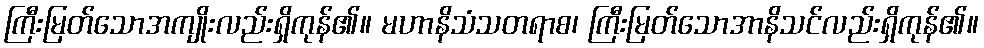
ကြီးမြတ်သောအကျိုးလည်းရှိကုန်၏။ မဟာနိသံသတရာစ၊ ကြီးမြတ်သောအာနိသင်လည်းရှိကုန်၏။